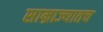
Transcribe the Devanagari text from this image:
साम्राज्यातच